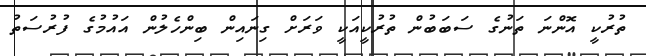
ތުރުކީ އޮންނަ ތަނުގެ ސަބަބުން ތުރުކީއަކީ ވަރަށް ގިނައިން ބިންހެލުން އައުމުގެ ފުރުސަތު